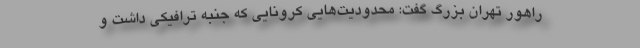
راهور تهران بزرگ گفت: محدودیت‌هایی کرونایی که جنبه ترافیکی داشت و